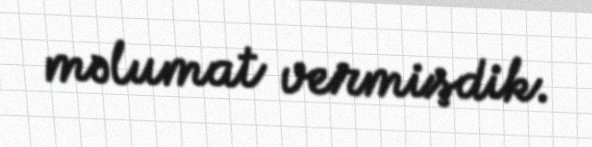
məlumat vermişdik.